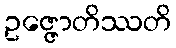
ဥဇ္ဇောတိဿတိ